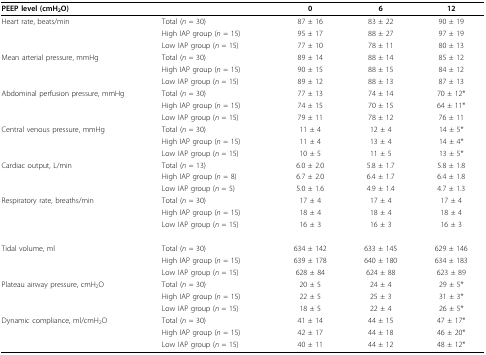
<table><thead><tr><td><b>PEEP level (cmH<sub>2</sub>O)</b></td><td></td><td><b>0</b></td><td><b>6</b></td><td><b>12</b></td></tr></thead><tbody><tr><td>Heart rate, beats/min</td><td>Total (<i>n </i>= 30)</td><td>87 ± 16</td><td>83 ± 22</td><td>90 ± 19</td></tr><tr><td></td><td>High IAP group (<i>n </i>= 15)</td><td>95 ± 17</td><td>88 ± 27</td><td>97 ± 19</td></tr><tr><td></td><td>Low IAP group (<i>n </i>= 15)</td><td>77 ± 10</td><td>78 ± 11</td><td>80 ± 13</td></tr><tr><td>Mean arterial pressure, mmHg</td><td>Total (<i>n </i>= 30)</td><td>89 ± 14</td><td>88 ± 14</td><td>85 ± 12</td></tr><tr><td></td><td>High IAP group (<i>n </i>= 15)</td><td>90 ± 15</td><td>88 ± 15</td><td>84 ± 12</td></tr><tr><td></td><td>Low IAP group (<i>n </i>= 15)</td><td>89 ± 12</td><td>88 ± 13</td><td>87 ± 13</td></tr><tr><td>Abdominal perfusion pressure, mmHg</td><td>Total (<i>n </i>= 30)</td><td>77 ± 13</td><td>74 ± 14</td><td>70 ± 12*</td></tr><tr><td></td><td>High IAP group (<i>n </i>= 15)</td><td>74 ± 15</td><td>70 ± 15</td><td>64 ± 11*</td></tr><tr><td></td><td>Low IAP group (<i>n </i>= 15)</td><td>79 ± 11</td><td>78 ± 12</td><td>76 ± 11</td></tr><tr><td>Central venous pressure, mmHg</td><td>Total (<i>n </i>= 30)</td><td>11 ± 4</td><td>12 ± 4</td><td>14 ± 5*</td></tr><tr><td></td><td>High IAP group (<i>n </i>= 15)</td><td>11 ± 4</td><td>13 ± 4</td><td>14 ± 4*</td></tr><tr><td></td><td>Low IAP group (<i>n </i>= 15)</td><td>10 ± 5</td><td>11 ± 5</td><td>13 ± 5*</td></tr><tr><td>Cardiac output, L/min</td><td>Total (<i>n </i>= 13)</td><td>6.0 ± 2.0</td><td>5.8 ± 1.7</td><td>5.8 ± 1.8</td></tr><tr><td></td><td>High IAP group (<i>n </i>= 8)</td><td>6.7 ± 2.0</td><td>6.4 ± 1.7</td><td>6.4 ± 1.8</td></tr><tr><td></td><td>Low IAP group (<i>n </i>= 5)</td><td>5.0 ± 1.6</td><td>4.9 ± 1.4</td><td>4.7 ± 1.3</td></tr><tr><td>Respiratory rate, breaths/min</td><td>Total (<i>n </i>= 30)</td><td>17 ± 4</td><td>17 ± 4</td><td>17 ± 4</td></tr><tr><td></td><td>High IAP group (<i>n </i>= 15)</td><td>18 ± 4</td><td>18 ± 4</td><td>18 ± 4</td></tr><tr><td></td><td>Low IAP group (<i>n </i>= 15)</td><td>16 ± 3</td><td>16 ± 3</td><td>16 ± 3</td></tr><tr><td>Tidal volume, ml</td><td>Total (<i>n </i>= 30)</td><td>634 ± 142</td><td>633 ± 145</td><td>629 ± 146</td></tr><tr><td></td><td>High IAP group (<i>n </i>= 15)</td><td>639 ± 178</td><td>640 ± 180</td><td>634 ± 183</td></tr><tr><td></td><td>Low IAP group (<i>n </i>= 15)</td><td>628 ± 84</td><td>624 ± 88</td><td>623 ± 89</td></tr><tr><td>Plateau airway pressure, cmH<sub>2</sub>O</td><td>Total (<i>n </i>= 30)</td><td>20 ± 5</td><td>24 ± 4</td><td>29 ± 5*</td></tr><tr><td></td><td>High IAP group (<i>n </i>= 15)</td><td>22 ± 5</td><td>25 ± 3</td><td>31 ± 3*</td></tr><tr><td></td><td>Low IAP group (<i>n </i>= 15)</td><td>18 ± 5</td><td>22 ± 4</td><td>26 ± 5*</td></tr><tr><td>Dynamic compliance, ml/cmH<sub>2</sub>O</td><td>Total (<i>n </i>= 30)</td><td>41 ± 14</td><td>44 ± 15</td><td>47 ± 17*</td></tr><tr><td></td><td>High IAP group (<i>n </i>= 15)</td><td>42 ± 17</td><td>44 ± 18</td><td>46 ± 20*</td></tr><tr><td></td><td>Low IAP group (<i>n </i>= 15)</td><td>40 ± 11</td><td>44 ± 12</td><td>48 ± 12*</td></tr></tbody></table>